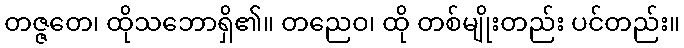
တဇ္ဇတေ၊ ထိုသဘောရှိ၏။ တညေဝ၊ ထို တစ်မျိုးတည်း ပင်တည်း။